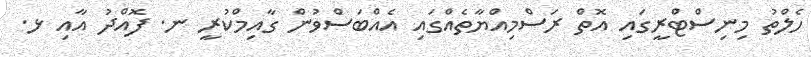
ހެލްތު މިނިސްޓްރީގައި އޮތް ރަސްމިއްޔާތެއްގައި އެއްބަސްވުން ގާއިމްކުރީ ނ. ފޮއްދު އާއި ޅ.